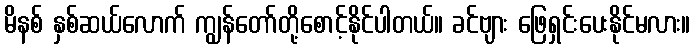
မိနစ် နှစ်ဆယ်လောက် ကျွန်တော်တို့စောင့်နိုင်ပါတယ်။ ခင်ဗျား ဖြေရှင်းပေးနိုင်မလား။